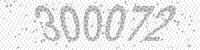
Solution: 300072